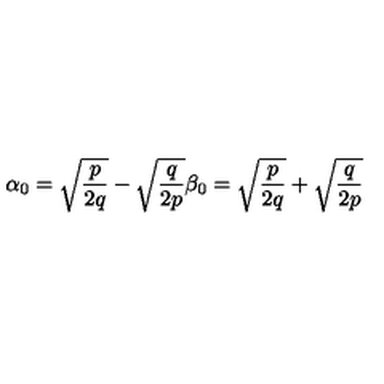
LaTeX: \alpha _ { 0 } = \sqrt { { \frac { p } { 2 q } } } - \sqrt { { \frac { q } { 2 p } } } \beta _ { 0 } = \sqrt { { \frac { p } { 2 q } } } + \sqrt { { \frac { q } { 2 p } } }